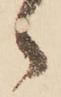
ゝ